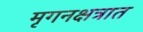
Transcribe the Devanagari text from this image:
मृगनक्षत्रात